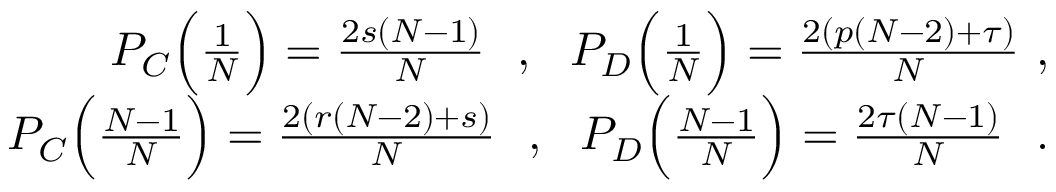
\begin{array} { r } { P _ { C } \Big ( \frac { 1 } { N } \Big ) = \frac { 2 s ( N - 1 ) } { N } ~ ~ , ~ ~ P _ { D } \Big ( \frac { 1 } { N } \Big ) = \frac { 2 ( p ( N - 2 ) + \tau ) } { N } ~ , } \\ { P _ { C } \Big ( \frac { N - 1 } { N } \Big ) = \frac { 2 ( r ( N - 2 ) + s ) } { N } ~ ~ , ~ ~ P _ { D } \Big ( \frac { N - 1 } { N } \Big ) = \frac { 2 \tau ( N - 1 ) } { N } ~ ~ . } \end{array}